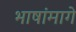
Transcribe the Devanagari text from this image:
भाषांमागे